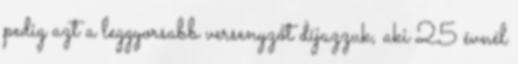
pedig azt a leggyorsabb versenyzőt díjazzuk, aki 25 évnél